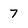
Character: 7